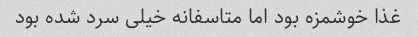
غذا خوشمزه بود‌ اما متاسفانه خیلی سرد شده بود